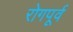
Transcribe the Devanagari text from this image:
रोगपूर्व